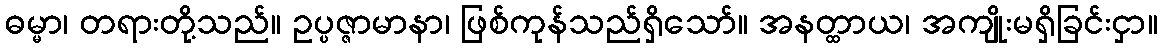
ဓမ္မာ၊ တရားတို့သည်။ ဥပ္ပဇ္ဇာမာနာ၊ ဖြစ်ကုန်သည်ရှိသော်။ အနတ္ထာယ၊ အကျိုးမရှိခြင်းငှာ။